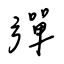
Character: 彈